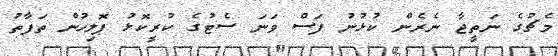
މެޗުގެ ނަތީޖާ ނެރެން ކުޅުނު ފަސް ވަނަ ސެޓުގެ ކުރީކޮޅު ޕޮލިހުން ތަފާތު